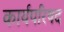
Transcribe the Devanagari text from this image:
कार्यपरिषद